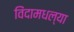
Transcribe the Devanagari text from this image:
विंदामधल्या